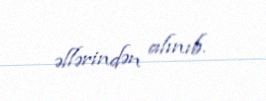
əllərindən alınıb.